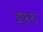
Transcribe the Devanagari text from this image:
इफरा